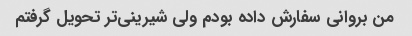
من بروانی سفارش داده بودم ولی شیرینی‌تر تحویل گرفتم